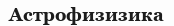
Астрофизизика